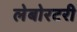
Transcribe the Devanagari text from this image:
लेबोरटरी